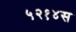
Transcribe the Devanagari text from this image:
५२१४स